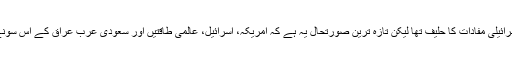
سونے کے اس پہاڑ کی جنگ میں پہلے ایران عالمی طاقتوں اور اسرائیلی مفادات کا حلیف تھا لیکن تازہ ترین صورتحال یہ ہے کہ امریکہ، اسرائیل، عالمی طاقتیں اور سعودی عرب عراق کے اس سونے کے پہاڑ کی جنگ میں ایران کے خلاف صف آراء ہو چکے ہیں۔